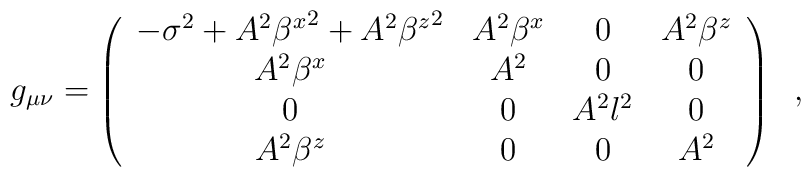
g_{\mu \nu}=\left(\begin{array}{cccc} -{\sigma}^{2}+A^{2}{\beta^{x}}^{2}+A^{2}{\beta^{z}}^{2}    & A^{2}\beta^{x} &      0     & A^{2}\beta^{z} \\ A^{2}\beta^{x}                                             &     A^{2}      &      0     &      0         \\       0                                                    &        0       & A^{2}l^{2} &      0         \\                          A^{2}\beta^{z}                    &        0       &      0     &     A^{2}\end{array}\right) \;\;,